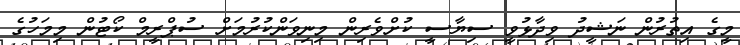
މީގެ އިތުރުން ނަޝީދު ވިދާޅުވީ ސިޔާސީ ކުށްވެރިން މިނިވަންކުރުމަށް ސުޕްރީމް ކޯޓުން މިމަހުގެ